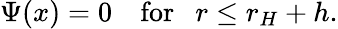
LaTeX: \Psi(x)=0~~~~\mathrm{for}~~~r\leq r_{H}+h.